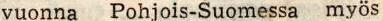
vuonna Pohjois-Suomessa myös